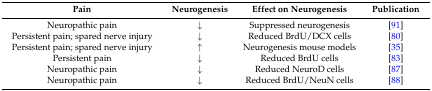
| Pain | Neurogenesis | Effect on Neurogenesis | Publication |
 | --- | --- | --- | --- |
 | Neuropathic pain | ↓ | Suppressed neurogenesis | [91] |
 | Persistent pain; spared nerve injury | ↓ | Reduced BrdU/DCX cells | [80] |
 | Persistent pain; spared nerve injury | ↑ | Neurogenesis mouse models | [35] |
 | Persistent pain | ↓ | Reduced BrdU cells | [83] |
 | Neuropathic pain | ↓ | Reduced NeuroD cells | [87] |
 | Neuropathic pain | ↓ | Reduced BrdU/NeuN cells | [88] |